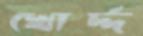
খোর্দ্দ